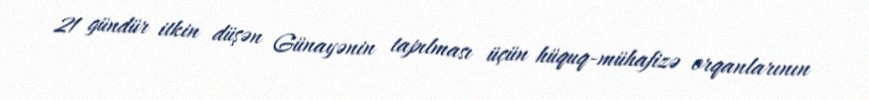
21 gündür itkin düşən Günayənin tapılması üçün hüquq-mühafizə orqanlarının